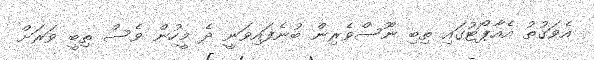
އެވަގުތު އެއާޕޯޓުގައި ތިބި ނޫސްވެރިން ބުނެފައިވަނީ ދެ މީހުން ވެސް ތިބީ ވަރަށް